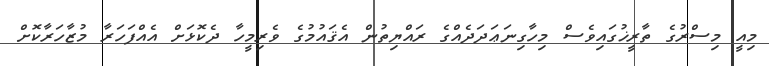
މިއީ މިސްރުގެ ތާރީޚުގައިވެސް މިހާގިނަޢަދަދެއްގެ ރައްޔިތުން އެޤައުމުގެ ވެރިމީހާ ދެކޮޅަށް އެއްފަހަރާ މުޒާހަރާކޮށް